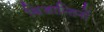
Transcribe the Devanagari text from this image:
बिजान्तिनों